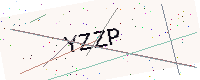
Text: YZZP